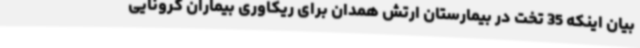
بیان اینکه 35 تخت در بیمارستان ارتش همدان برای ریکاوری بیماران کرونایی